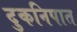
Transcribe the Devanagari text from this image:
दुकनिपात